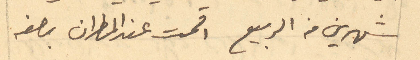
شهرين من الربيع اقمت عن المطران بصفه